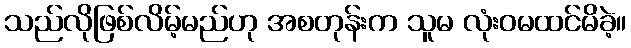
သည်လိုဖြစ်လိမ့်မည်ဟု အစတုန်းက သူမ လုံးဝမထင်မိခဲ့။